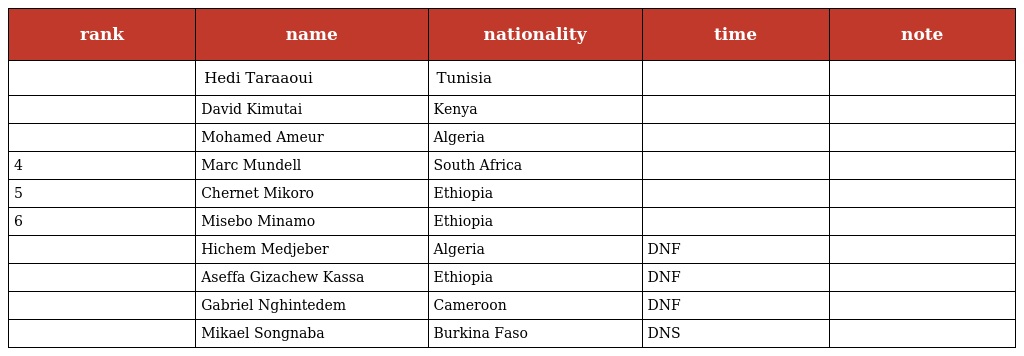
| rank | name | nationality | time | note |
 | --- | --- | --- | --- | --- |
 |  | Hedi Taraaoui | Tunisia |  |  |
 |  | David Kimutai | Kenya |  |  |
 |  | Mohamed Ameur | Algeria |  |  |
 | 4 | Marc Mundell | South Africa |  |  |
 | 5 | Chernet Mikoro | Ethiopia |  |  |
 | 6 | Misebo Minamo | Ethiopia |  |  |
 |  | Hichem Medjeber | Algeria | DNF |  |
 |  | Aseffa Gizachew Kassa | Ethiopia | DNF |  |
 |  | Gabriel Nghintedem | Cameroon | DNF |  |
 |  | Mikael Songnaba | Burkina Faso | DNS |  |